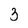
Character: 3